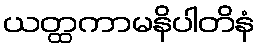
ယတ္ထကာမနိပါတိနံ